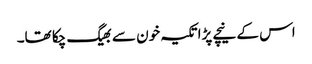
اس کے نیچے پڑا تکیہ خون سے بھیگ چکا تھا۔